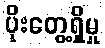
ပိုးတွေ့ရှိမှု